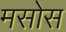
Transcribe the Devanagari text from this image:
मसोस